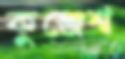
কুঞ্জেশ্ব